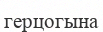
герцогына